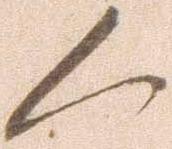
く